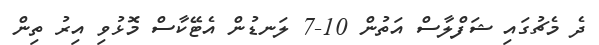
ދެ މެޗުގައި ޝަފްލާސް އަތުން 10-7 ލަނޑުން އެޓޭކާސް މޮޅުވި އިރު ތިން